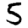
Digit: 5